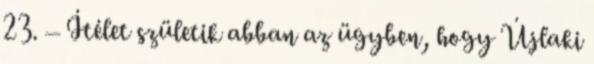
23. – Ítélet születik abban az ügyben, hogy Újlaki